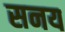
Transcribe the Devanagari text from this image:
सनय